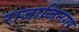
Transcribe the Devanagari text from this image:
राजाजिनगर